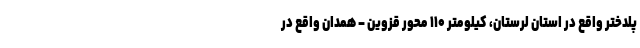
پلدختر واقع در استان لرستان، کیلومتر ۱۱۰ محور قزوین – همدان واقع در